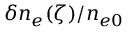
\delta n _ { e } ( \zeta ) / n _ { e 0 }